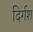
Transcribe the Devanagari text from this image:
दिर्गश